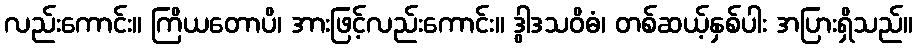
လည်းကောင်း။ ကြိယတောပိ၊ အားဖြင့်လည်းကောင်း။ ဒွါဒသဝိဓံ၊ တစ်ဆယ့်နှစ်ပါး အပြားရှိသည်။